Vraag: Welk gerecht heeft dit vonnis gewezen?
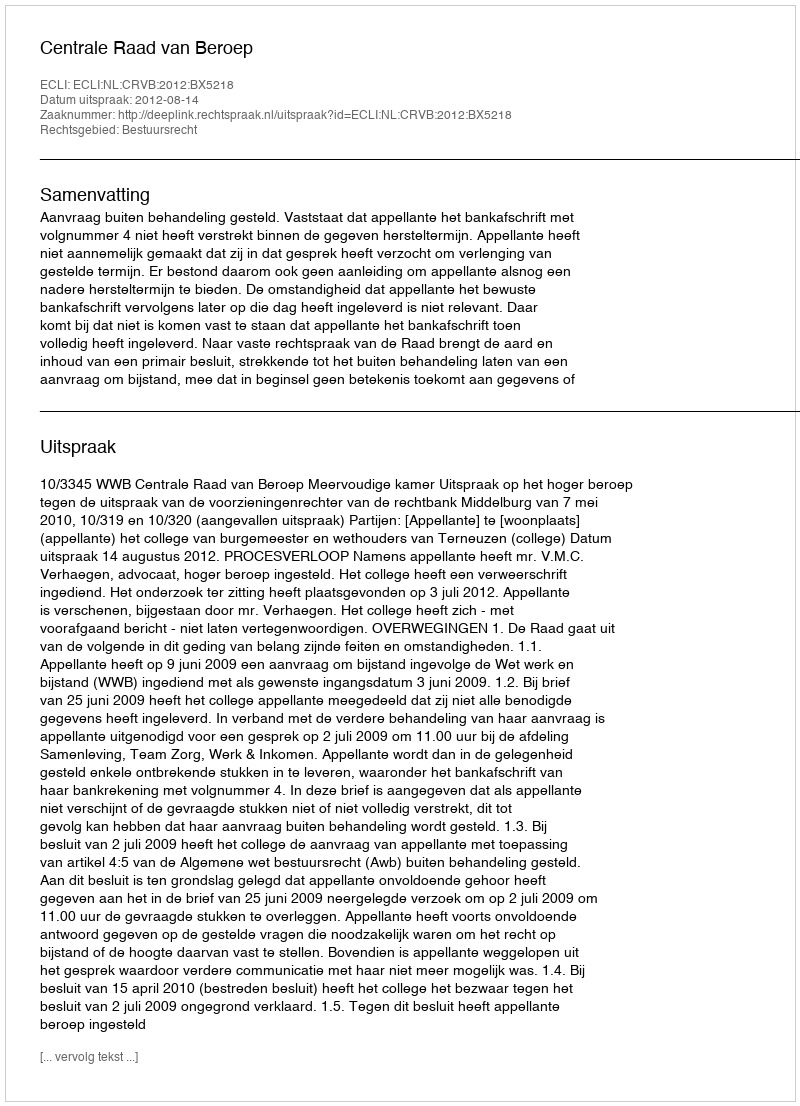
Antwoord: Centrale Raad van Beroep